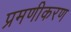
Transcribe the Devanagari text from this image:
प्रमणीकरण